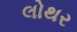
લોથર